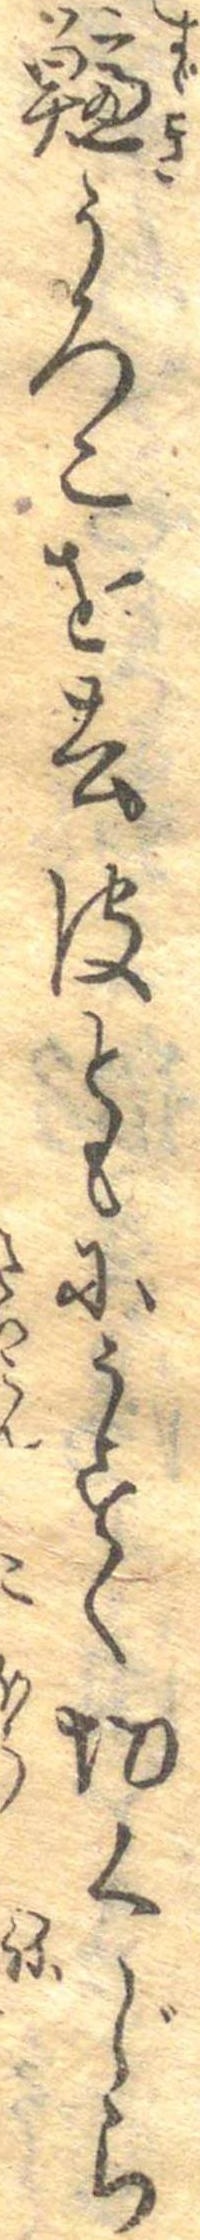
鱸うろこを去皮ともにうすく切くじら